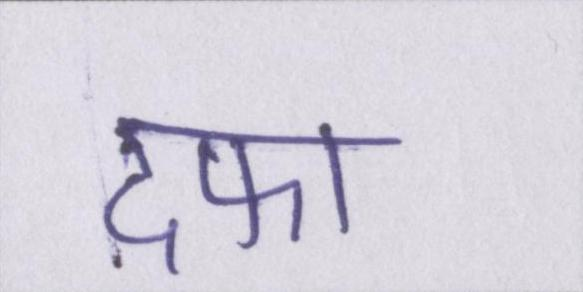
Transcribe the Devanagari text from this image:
दफा